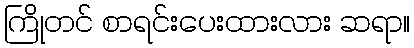
ကြိုတင် စာရင်းပေးထားလား ဆရာ။